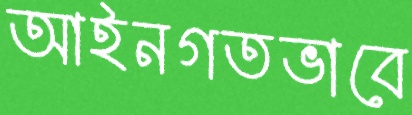
আইনগতভাবে